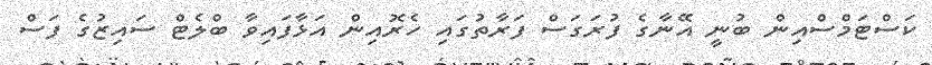
ކަސްޓަމްސްއިން ބުނީ އޭނާގެ ފުރަގަސް ފަރާތުގައި ހެރޮއިން އަޅާފައިވާ ބްލެޓް ސައިޒުގެ ފަސް